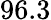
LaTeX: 96.3